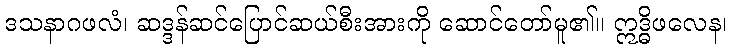
ဒသနာဂဖလံ၊ ဆဒ္ဒန်ဆင်ပြောင်ဆယ်စီးအားကို ဆောင်တော်မူ၏။ ဣဒ္ဓိဖလေန၊